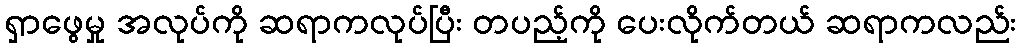
ရှာဖွေမှု အလုပ်ကို ဆရာကလုပ်ပြီး တပည့်ကို ပေးလိုက်တယ် ဆရာကလည်း